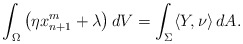
\begin{align*}\int_\Omega \left(\eta x_{n+1}^m+\lambda\right)dV = \int_\Sigma\langle Y,\nu\rangle\,dA.\end{align*}